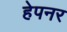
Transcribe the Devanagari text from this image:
हेपनर